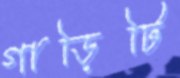
গাড়িটি